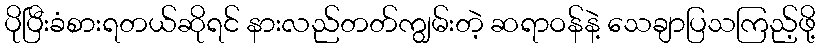
ပိုပြီးခံစားရတယ်ဆိုရင် နားလည်တတ်ကျွမ်းတဲ့ ဆရာဝန်နဲ့ သေချာပြသကြည့်ဖို့